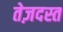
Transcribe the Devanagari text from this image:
तेज़दस्त